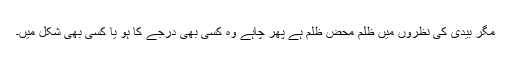
مگر بیدی کی نظروں میں ظلم محض ظلم ہے پھر چاہے وہ کسی بھی درجے کا ہو یا کسی بھی شکل میں۔